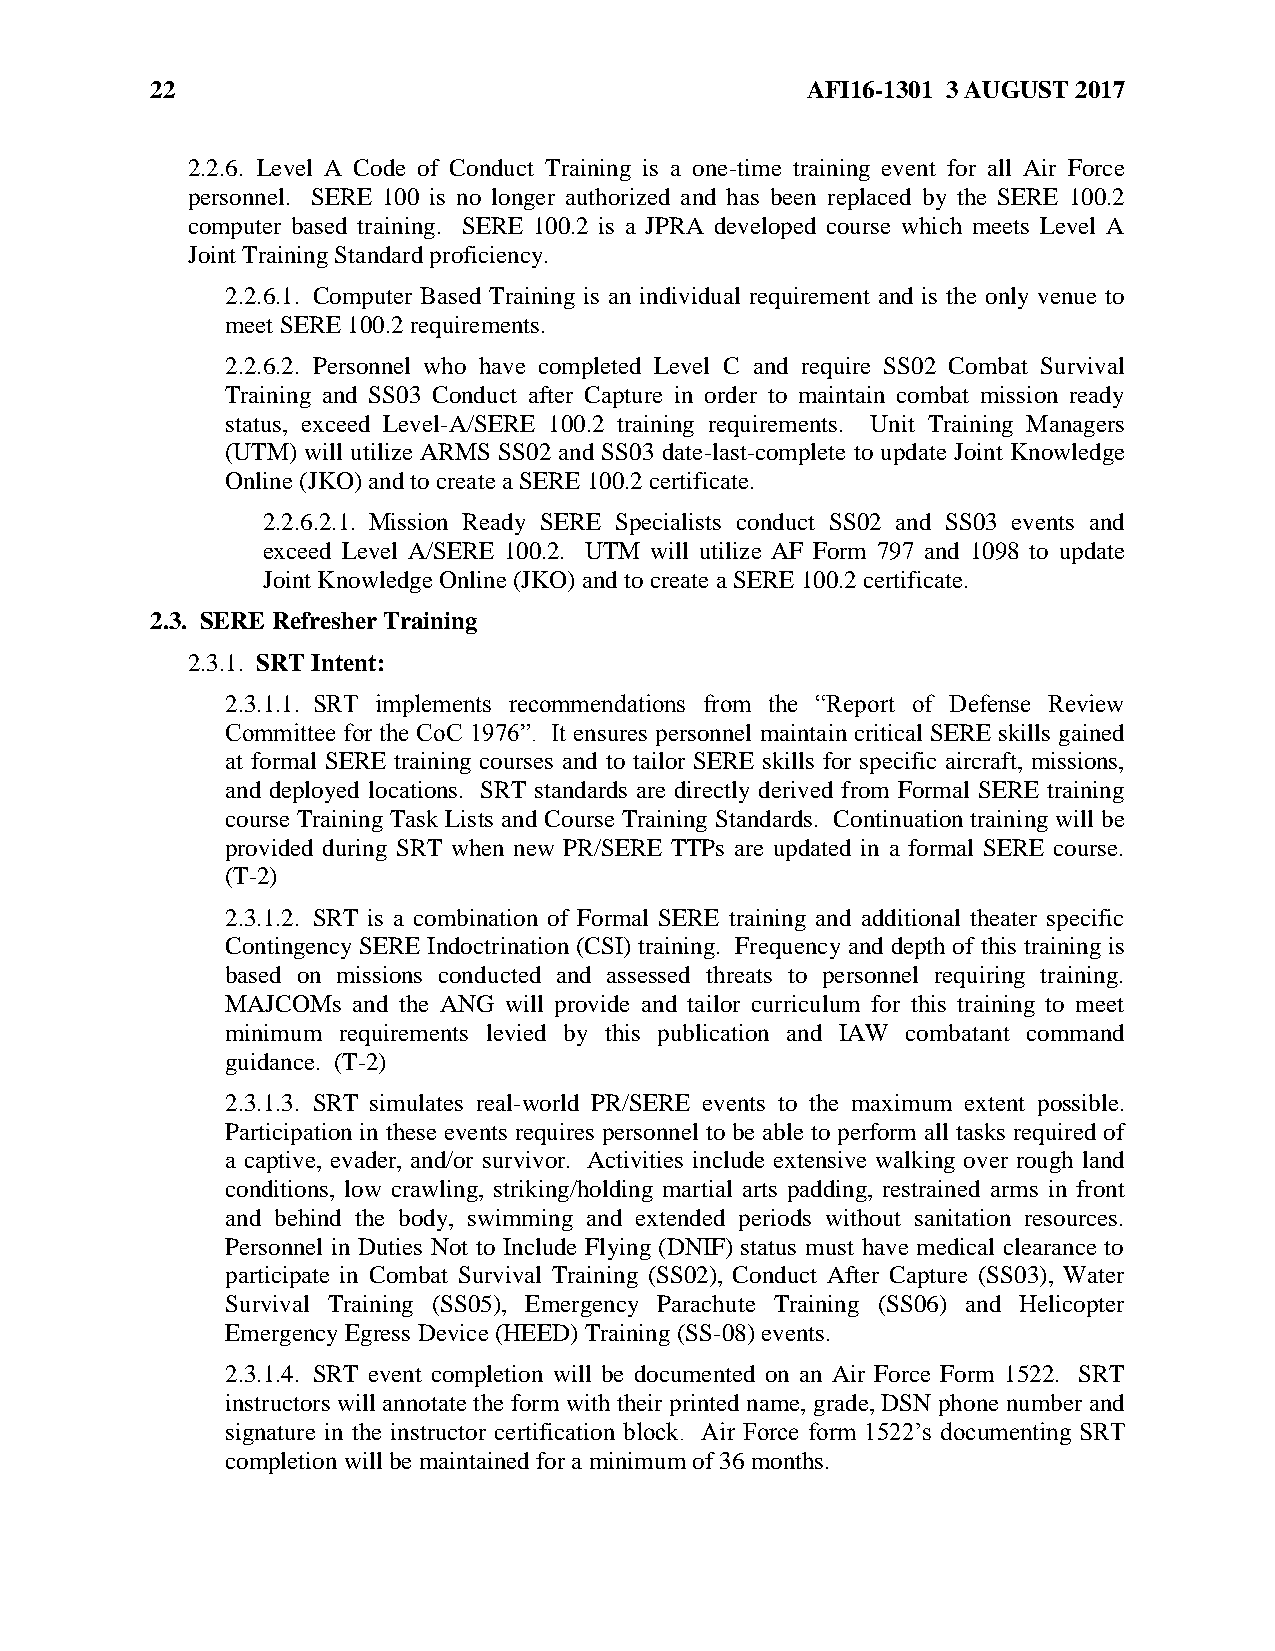
22                                         AFI16-1301 3 AUGUST 2017
 2.2.6. Level A Code of Conduct Training is a one-time training event for all Air Force
 personnel. SERE 100 is no longer authorized and has been replaced by the SERE 100.2
 computer based training. SERE 100.2 is a JPRA developed course which meets Level A
 Joint Training Standard proficiency.
 2.2.6.1. Computer Based Training is an individual requirement and is the only venue to
 meet SERE 100.2 requirements.
 2.2.6.2. Personnel who have completed Level C and require SS02 Combat Survival
 Training and SS03 Conduct after Capture in order to maintain combat mission ready
 status, exceed Level-A/SERE 100.2 training requirements. Unit Training Managers
 (UTM) will utilize ARMS SS02 and SS03 date-last-complete to update Joint Knowledge
 Online (JKO) and to create a SERE 100.2 certificate.
 2.2.6.2.1. Mission Ready SERE Specialists conduct SS02 and SS03 events and
 exceed Level A/SERE 100.2. UTM will utilize AF Form 797 and 1098 to update
 Joint Knowledge Online (JKO) and to create a SERE 100.2 certificate.
 2.3. SERE Refresher Training
 2.3.1. SRT Intent:
 2.3.1.1. SRT implements recommendations from the “Report of Defense Review
 Committee for the CoC 1976”. It ensures personnel maintain critical SERE skills gained
 at formal SERE training courses and to tailor SERE skills for specific aircraft, missions,
 and deployed locations. SRT standards are directly derived from Formal SERE training
 course Training Task Lists and Course Training Standards. Continuation training will be
 provided during SRT when new PR/SERE TTPs are updated in a formal SERE course.
 (T-2)
 2.3.1.2. SRT is a combination of Formal SERE training and additional theater specific
 Contingency SERE Indoctrination (CSI) training. Frequency and depth of this training is
 based on missions conducted and assessed threats to personnel requiring training.
 MAJCOMs and the ANG will provide and tailor curriculum for this training to meet
 minimum requirements levied by this publication and IAW combatant command
 guidance. (T-2)
 2.3.1.3. SRT simulates real-world PR/SERE events to the maximum extent possible.
 Participation in these events requires personnel to be able to perform all tasks required of
 a captive, evader, and/or survivor. Activities include extensive walking over rough land
 conditions, low crawling, striking/holding martial arts padding, restrained arms in front
 and behind the body, swimming and extended periods without sanitation resources.
 Personnel in Duties Not to Include Flying (DNIF) status must have medical clearance to
 participate in Combat Survival Training (SS02), Conduct After Capture (SS03), Water
 Survival Training (SS05), Emergency Parachute Training (SS06) and Helicopter
 Emergency Egress Device (HEED) Training (SS-08) events.
 2.3.1.4. SRT event completion will be documented on an Air Force Form 1522. SRT
 instructors will annotate the form with their printed name, grade, DSN phone number and
 signature in the instructor certification block. Air Force form 1522’s documenting SRT
 completion will be maintained for a minimum of 36 months.